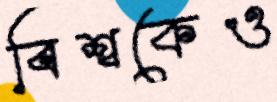
বিশ্বকেও